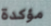
مؤكدة